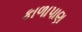
કાળાપાણ